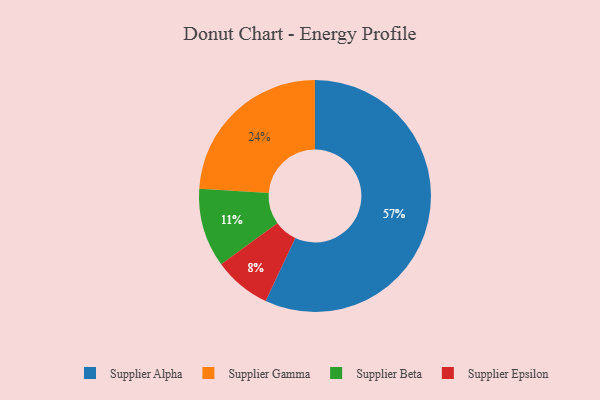
{"axis": {"x": "Category", "y": "Percentage"}, "legend": ["Supplier Alpha", "Supplier Beta", "Supplier Epsilon", "Supplier Gamma"], "data": [{"x": "Supplier Alpha", "y": 57, "type": "Supplier Alpha"}, {"x": "Supplier Epsilon", "y": 8, "type": "Supplier Epsilon"}, {"x": "Supplier Gamma", "y": 24, "type": "Supplier Gamma"}, {"x": "Supplier Beta", "y": 11, "type": "Supplier Beta"}]}